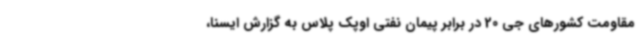
مقاومت کشورهای جی 20 در برابر پیمان نفتی اوپک پلاس به گزارش ایسنا،